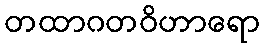
တထာဂတဝိဟာရော